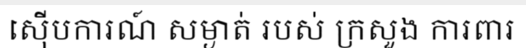
ស៊ើបការណ៍ សម្ងាត់ របស់ ក្រសួង ការពារ